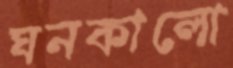
ঘনকালো